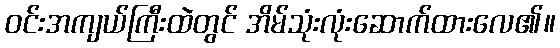
ဝင်းအကျယ်ကြီးထဲတွင် အိမ်သုံးလုံးဆောက်ထားလေ၏။